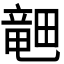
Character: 𪽞